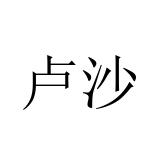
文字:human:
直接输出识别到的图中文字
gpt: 卢沙